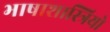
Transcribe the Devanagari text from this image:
भाषाशास्त्रियो